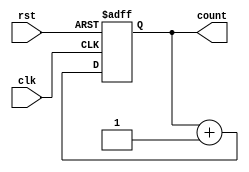
//////////////////////////////////////////////////////////////////////////////////
//  
// Design Name:	 4 bit counter
// Module Name:    Counter_4bit
// Target Devices: Spartan3E
//
//////////////////////////////////////////////////////////////////////////////////

`timescale 1ns / 1ps

module Counter_4bit(
	input clk,rst,
	output reg [3:0] count
    );

	always @(posedge clk or posedge rst)
		begin
			
			if(rst)
				count = 4'h0;
			else
				count = count + 1;
		end
endmodule